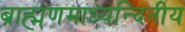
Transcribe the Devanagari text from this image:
ब्राह्मणमाध्यन्दिनीय